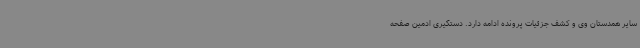
سایر همدستان وی و کشف جزئیات پرونده ادامه دارد. دستگیری ادمین صفحه